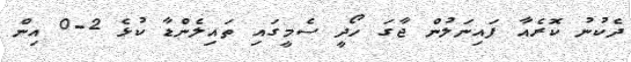
ދެކުނު ކޮރެއާ ފައިނަލުން ޖާގަ ހޯދީ ސެމީގައި ތައިލެންޑާ ކުޅެ 2-0 އިން